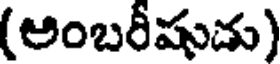
(అంబరీషుడు)